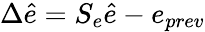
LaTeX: \Delta\hat{e}=S_{e}\hat{e}-e_{prev}